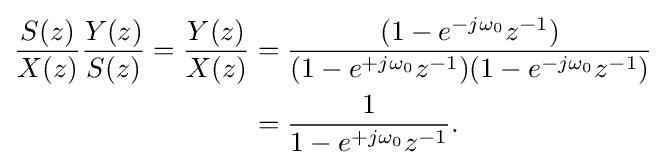
{\begin{aligned}{\frac {S(z)}{X(z)}}{\frac {Y(z)}{S(z)}}={\frac {Y(z)}{X(z)}}&={\frac {(1-e^{-j\omega _{0}}z^{-1})}{(1-e^{+j\omega _{0}}z^{-1})(1-e^{-j\omega _{0}}z^{-1})}}\\&={\frac {1}{1-e^{+j\omega _{0}}z^{-1}}}.\end{aligned}}